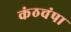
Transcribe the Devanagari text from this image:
कंठचंपा